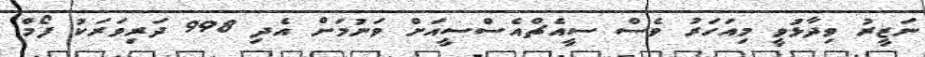
ނަޒީރު ވިދާޅުވީ މިއަހަރު ވެސް ސީއެޗްއެސްސީއަށް ވަނުމަށް އެދި 998 ދަރިވަރަކު ފޯމް